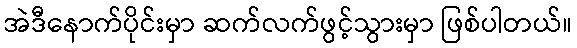
အဲဒီနောက်ပိုင်းမှာ ဆက်လက်ဖွင့်သွားမှာ ဖြစ်ပါတယ်။